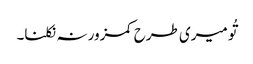
تُو میری طرح کمزور نہ نکلنا۔